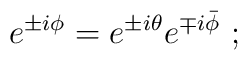
e^{\pm i\phi} = e^{\pm i\theta}e^{\mp i\bar{\phi}}~;